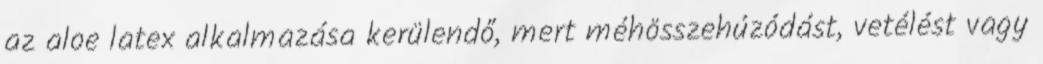
az aloe latex alkalmazása kerülendő, mert méhösszehúzódást, vetélést vagy